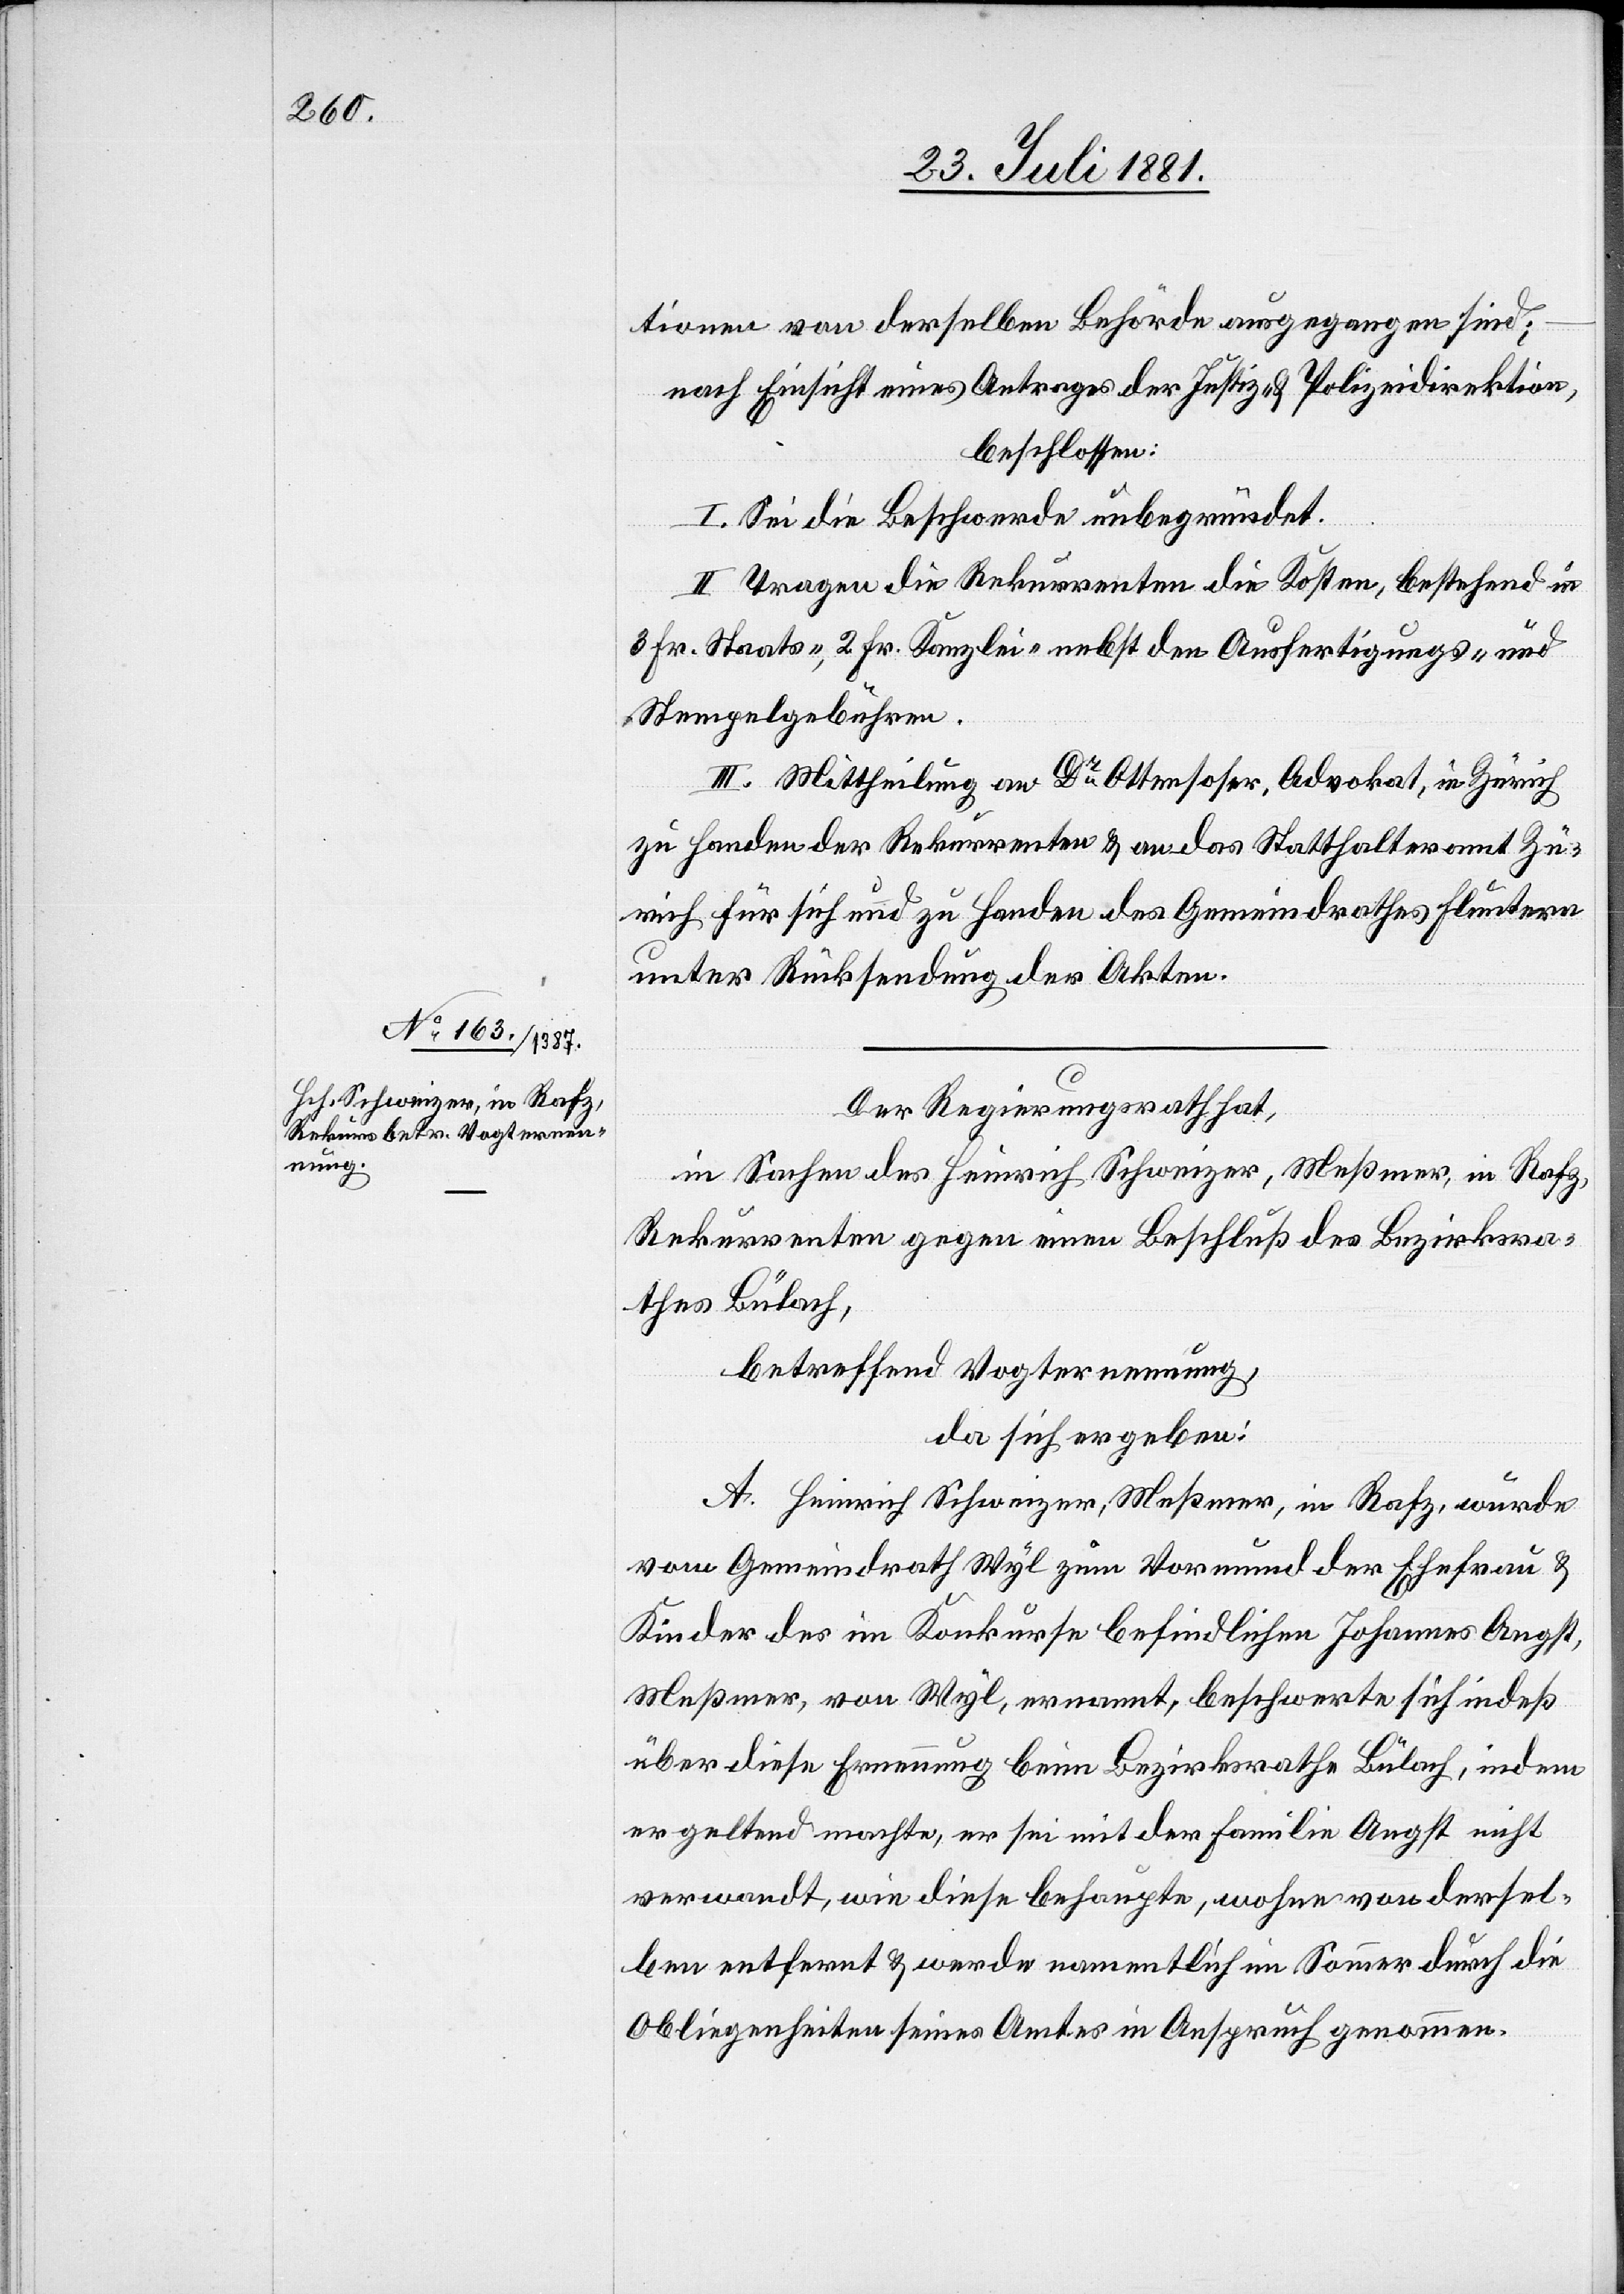
Der Regierungsrath hat,
in Sachen des Heinrich Schweizer, Meßmer, in Rafz,
Rekurrenten gegen einen Beschluß des Bezirksra¬
thes Bülach,
betreffend Vogternennung,
da sich ergeben:
A. Heinrich Schweizer, Meßmer, in Rafz, wurde
vom Gemeindrath Wyl zum Vormund der Ehefrau &
Kinder des im Konkurse befindlichen Johannes Angst,
Meßmer, von Wyl, ernannt, beschwerte sich indeß
über diese Ernennung beim Bezirksrathe Bülach, indem
er geltend machte, er sei mit der Familie Angst nicht
verwandt, wie diese behaupte, wohne von dersel¬
ben entfernt & werde namentlich im Sommer durch die
Obliegenheiten seines Amtes in Anspruch genommen.